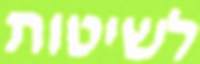
לשיטות